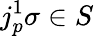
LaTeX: j_{p}^{1}\sigma\in S